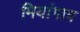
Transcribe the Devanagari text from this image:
मियांगाव